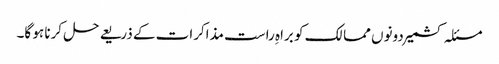
مسئلہ کشمیر دونوں ممالک کو براہِ راست مذاکرات کے ذریعے حل کرنا ہو گا۔